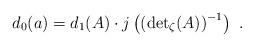
LaTeX: \begin{align*}d_0(a)=d_1(A)\cdot j\left(\left({\det}_\zeta(A)\right)^{-1}\right)\,\,.\end{align*}